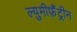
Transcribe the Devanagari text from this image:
ल्युमीफ़ैंट्रीन